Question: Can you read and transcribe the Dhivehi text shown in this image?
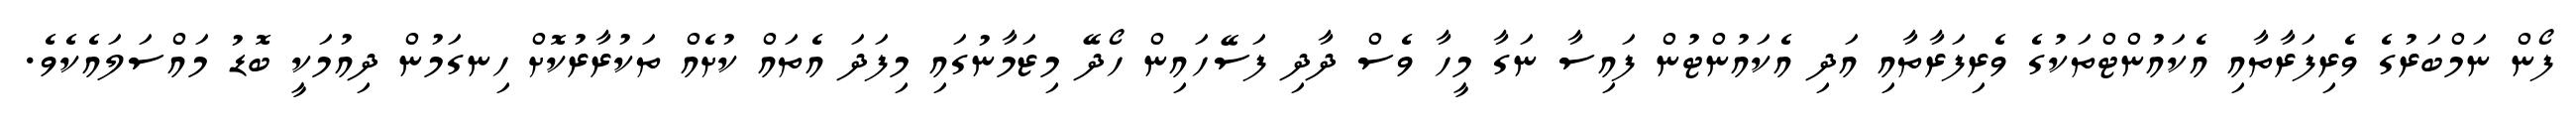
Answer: ފޯން ނަމްބަރުގެ ވެރިފަރާތާއި އެކައުންޓްތަކުގެ ވެރިފަރާތާއި އަދި އެކައުންޓުން ފައިސާ ނަގާ މީހާ ވެސް ދާދި ފަސޭހައިން ހޯދޭ މިޒަމާނުގައި މިފަދަ އެތައް ކުށެއް ތަކުރާރުކޮށް ހިނގަމުން ދިއުމަކީ ބޮޑު މައްސަލައެކެވެ.